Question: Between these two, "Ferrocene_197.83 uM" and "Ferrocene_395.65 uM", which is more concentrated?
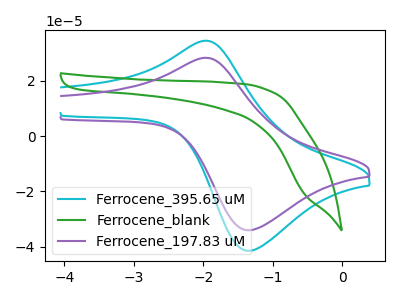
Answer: <think>The cyan curve "Ferrocene_395.65 uM" has an anodic peak at (-2.00V, 34.45uA) and a cathodic peak at (-1.35V, -41.45uA). The green curve "Ferrocene_blank" has no peaks. The purple curve "Ferrocene_197.83 uM" has an anodic peak at (-2.00V, 28.30uA) and a cathodic peak at (-1.35V, -34.00uA).
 All the peaks in "Ferrocene_197.83 uM" have a peak in "Ferrocene_395.65 uM" at the same potential. Every peak in "Ferrocene_197.83 uM" is lower than every peak in "Ferrocene_395.65 uM".</think>
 <answer>"Ferrocene_197.83 uM" has less signal than "Ferrocene_395.65 uM" and so likely has a lower concentration.</answer>
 <eval>less_concentration</eval>